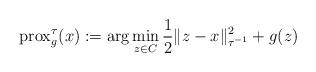
LaTeX: \begin{align*} \operatorname{prox}_g^\tau(x) := \arg\min_{z \in C} \frac{1}{2}\|z - x\|_{\tau^{-1}}^2 + g(z)\end{align*}